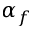
\alpha _ { f }